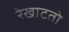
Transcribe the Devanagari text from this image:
रेखाटतो